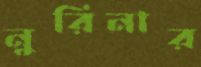
নুরিনার